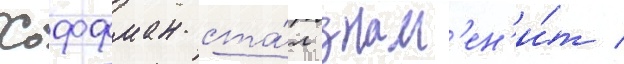
Хоффман ста́л знам'ен'и́т /